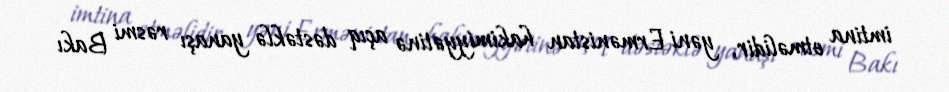
imtina etməlidir, yəni Ermənistan hakimiyyətinə açıq dəstəklə yanaşı rəsmi Bakı